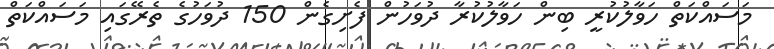
މަސައްކަތް ހަވާލުކުރީ ބިން ހަވާލުކުރާ ދުވަހުން ފެށިގެން 150 ދުވަހުގެ ތެރޭގައި މަސައްކަތް